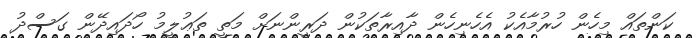
ކަންތައް މިހެން ހުރުމާއެކު އެހެނިހެން ދާއިރާތަކުން ދަރީންނަށް މަތީ ތަޢުލީމު ހޯދައިދޭން ގަސްދު